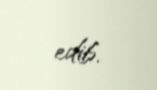
edib.